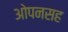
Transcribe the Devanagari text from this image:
ओपनसह